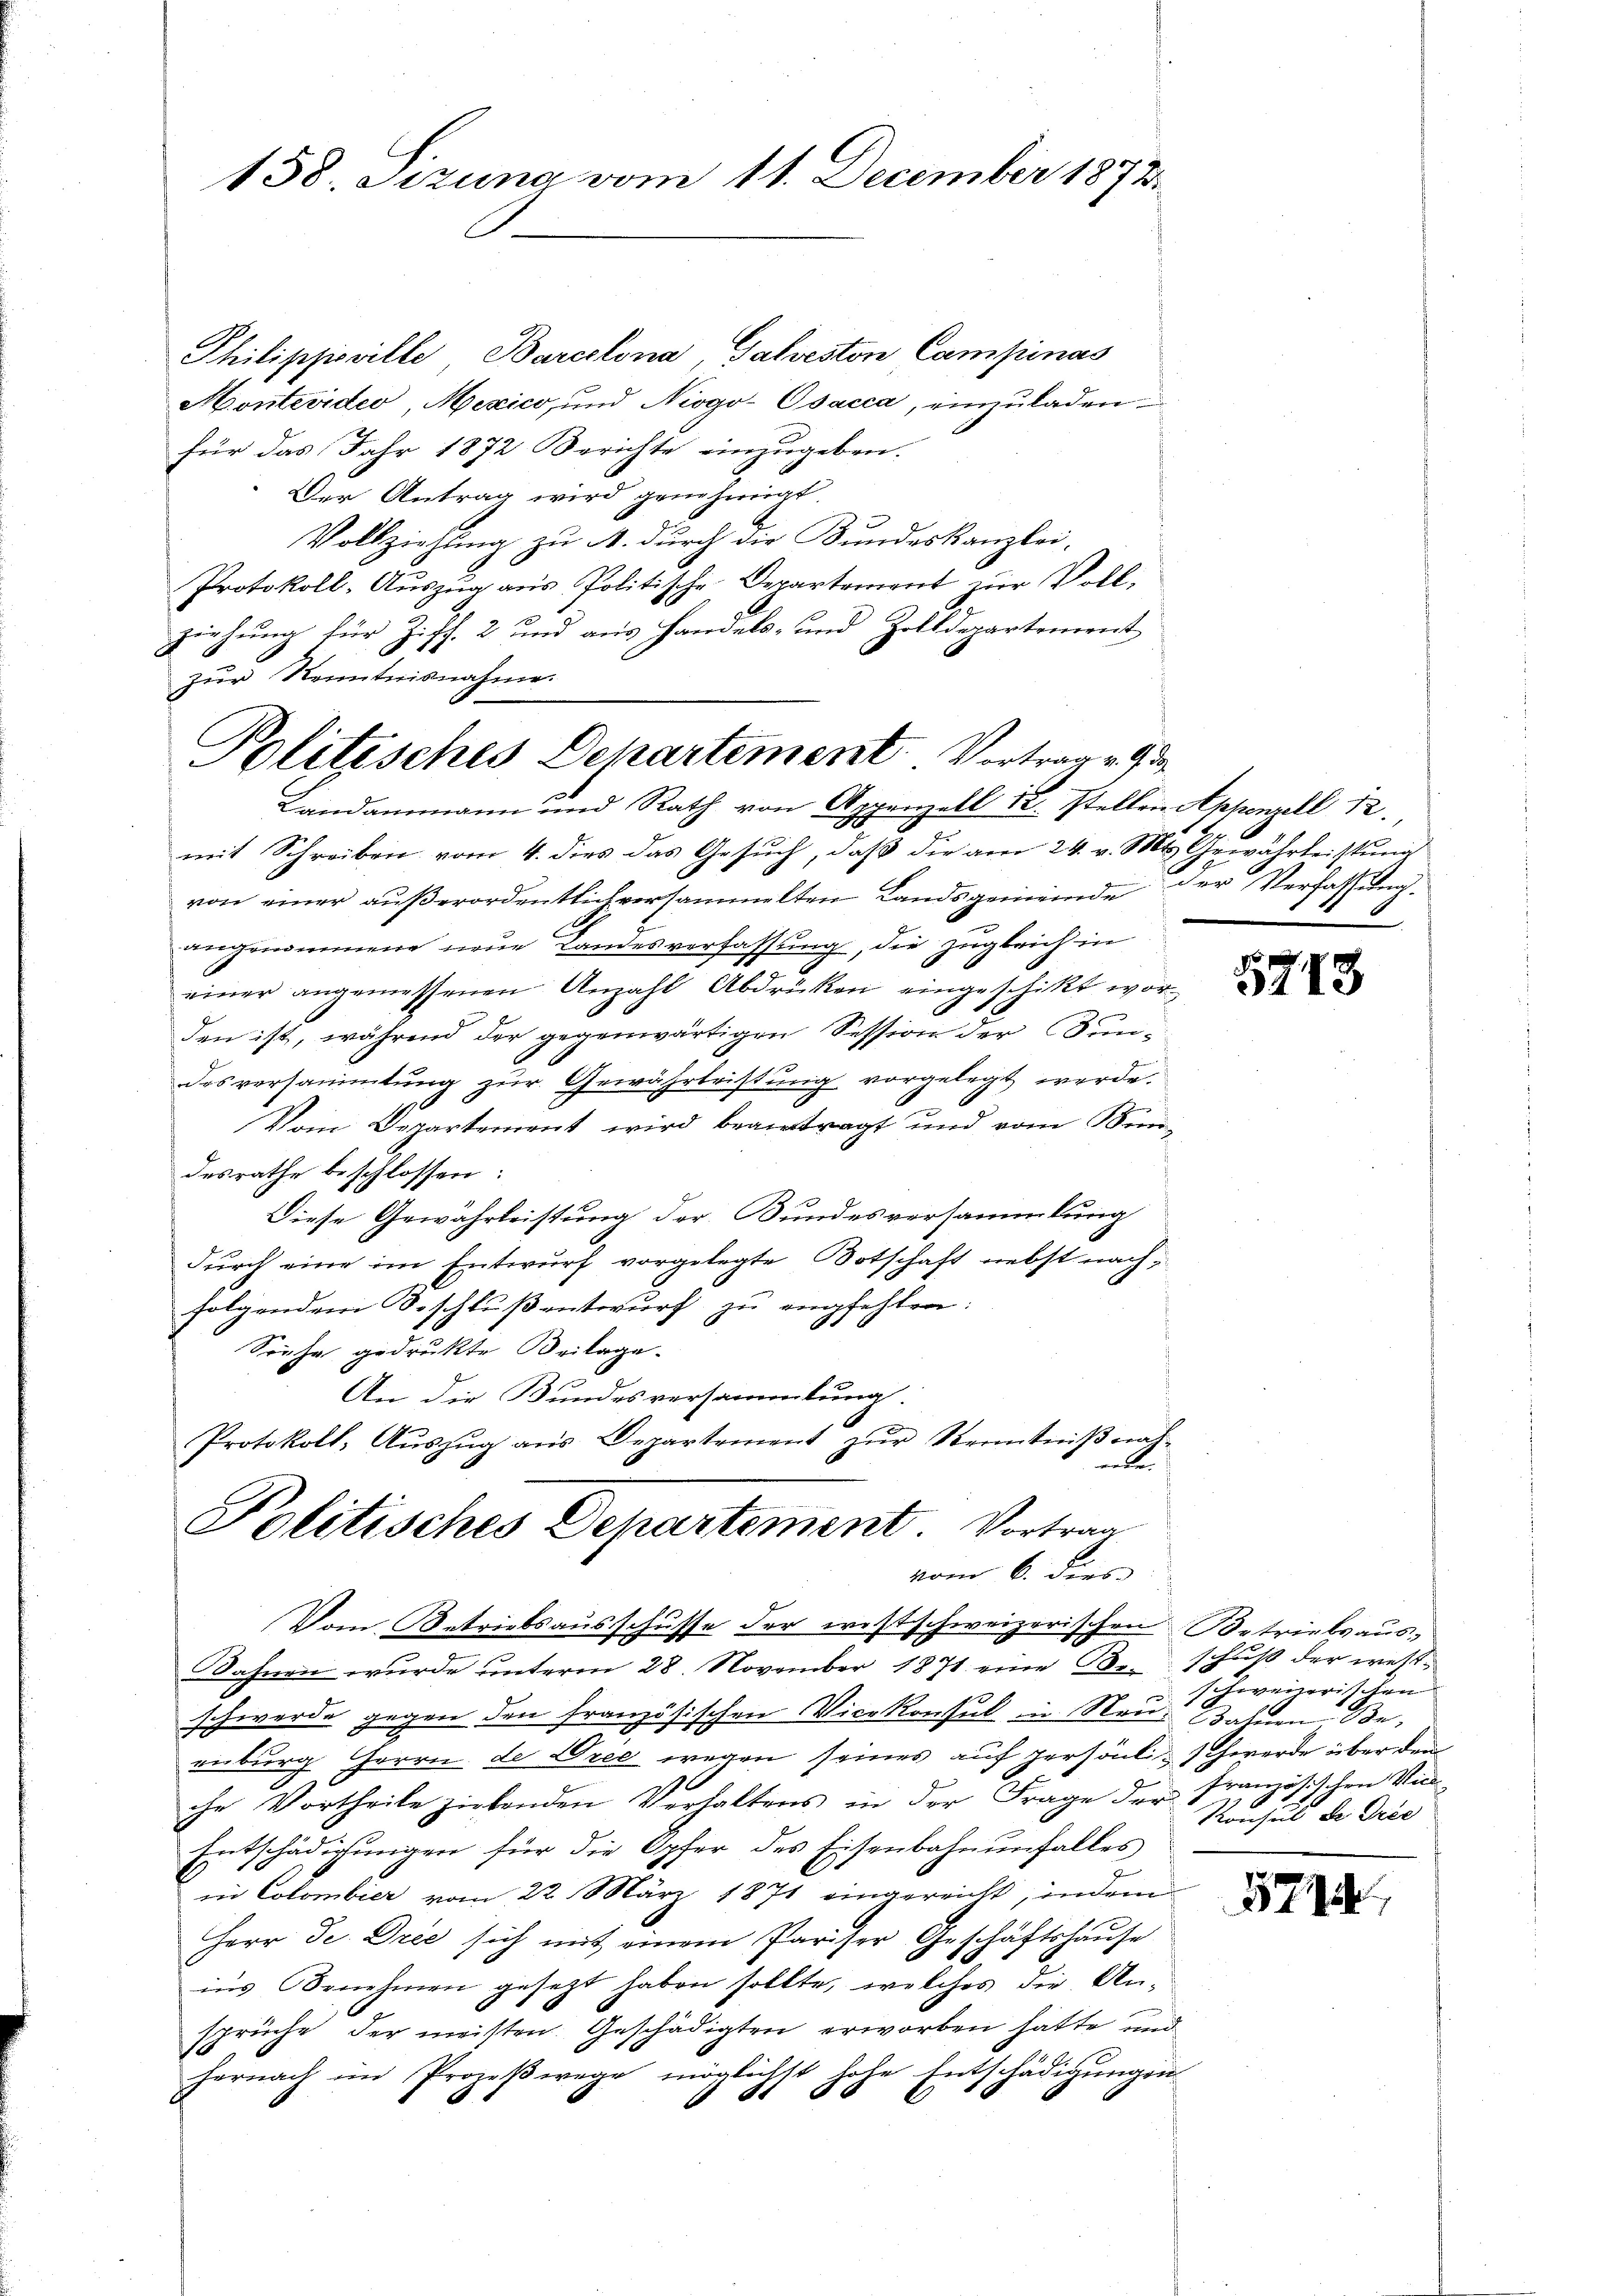
158. Sizung vom 11. December 1872

Philippoville, Barcelona, Salveston Campinas
Montevideo Mexico, und Niogo-Osacca, einzŭladen.
für das Jahr 1872 Berichte einzugeben.
Der Antrag wird genehmigt.
Vollziehung zu A. durch die Bundeskanzlei-
Protokoll-Auszug aus Politische Departement zur Voll-
ziehung für Ziff. 2 und aus Handels- und Zolldepartement
zur Kenntnisnahme.
A
mit Schreiben vom 4. dies das Gesuch, daß die am 24. v. Mts. Gewährteistung
von einer aŭβerordentlich versammelten Landsgemeinde der Verfassung.
angenommene neue Landesverfassung, die zugleich in
einer angemessenen Anzahl Abdrücken eingeschikt wor
den ist, während der gegenwärtigen Session der Bundes versammlung zur Gewährleistung vorgelegt werde.
Vom Departement wird beantragt und vom Bundesrathe beschlossen:
Diese Gewährleistung der Bundesversammlung
durch eine im Entwurf vorgelegte Botschaft nebst nachfolgendem Beschluß entwurf zu empfehlen:
Sonha gedrukte Beilage-
An die Bundesversammlung.
Protokoll- Aŭszŭg ans Departement zŭr Kenntniβnah-
erde.
Politisches Departement Vortrag

Politisches Departement. Vortrag u. d
9
Landammann und Rath von Appenzell 12. Stellen Appenzell 12.

schwerde gegen den französischen Vicekonsul in Neu-Bahnen Beenburg Herrn de Drec wegen seines auf persönli-Schwerde über den
che Vortheile ziehenden Verhaltens in der Frage der französischen Viel¬
Entschädigungen für die Opfer des Eisenbahnŭnfalles
.
in Colombier vom 22. März 1871 eingereicht, indem
Herr Dr. Drec sich mit einem Pariser Geschäftshause
ins Benehmen gesetzt haben sollte, welches die An-
sprüche der meisten. Geschädigten erworben hatte und
hernach im Prozeβwege möglichst hohe Entschädigŭngen

vom 6. dies
Vom Betriebsausschusse der westschweizerischen Betriebsaus¬
Bahnen wurde unterm 28. November 1871 eine Beschuß der west¬

e

5713

schweizerischen
Rochus der Orie

5714